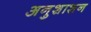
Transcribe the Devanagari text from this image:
अनुशाशन